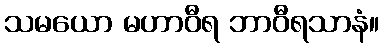
သမယော မဟာဝီရ ဘာဝီရသာနံ။